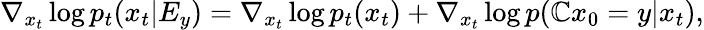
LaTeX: \nabla_{x_{t}}\log{p_{t}(x_{t}|E_{y})}=\nabla_{x_{t}}\log{p_{t}(x_{t})}+\nabla_{x_{t}}\log{p(\mathbb{C}x_{0}=y|x_{t})},